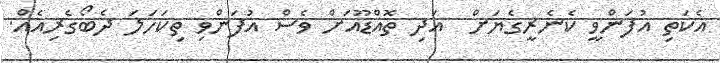
އެކަތި އުފަންވީ ކެނެރީގެޔަށް  އަދި ތޮއްޑޫއަށް ވެސް އުފަންވި ތިކަހަލަ ދެބޯގެރިއެއް.